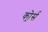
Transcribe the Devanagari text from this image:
कोर्र्स